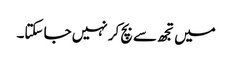
میں تجھ سے بچ کر نہیں جا سکتا۔